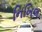
નિખિલ